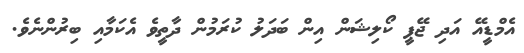
އެމްޑީއޭ އަދި ޖޭޕީ ކޯލިޝަން އިން ބަދަލު ކުރަމުން ދާތީވެ އެކަމާއި ބިރުންނެވެ.